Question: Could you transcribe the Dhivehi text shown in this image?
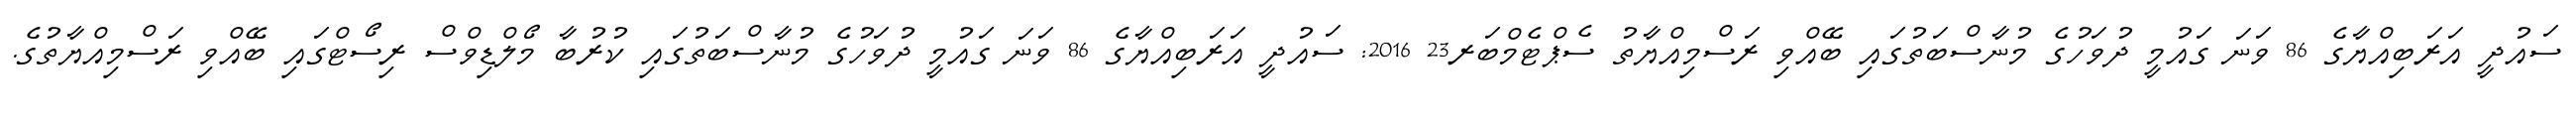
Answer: ސައުދީ އަރަބިއްޔާގެ 86 ވަނަ ގައުމީ ދުވަހުގެ މުނާސްބަތުގައި ބޭއްވި ރަސްމިއްޔާތު ސެޕްޓެމްބަރ23 2016: ސައުދީ އަރަބިއްޔާގެ 86 ވަނަ ގައުމީ ދުވަހުގެ މުނާސްބަތުގައި ކުރުބާ މޯލްޑިވްސް ރިސޯޓްގައި ބޭއްވި ރަސްމިއްޔާތުގެ.